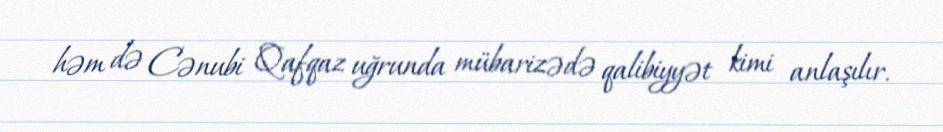
həm də Cənubi Qafqaz uğrunda mübarizədə qalibiyyət kimi anlaşılır.